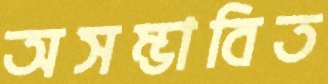
অসম্ভাবিত